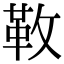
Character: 𩉩